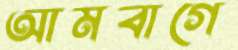
আমবাগে